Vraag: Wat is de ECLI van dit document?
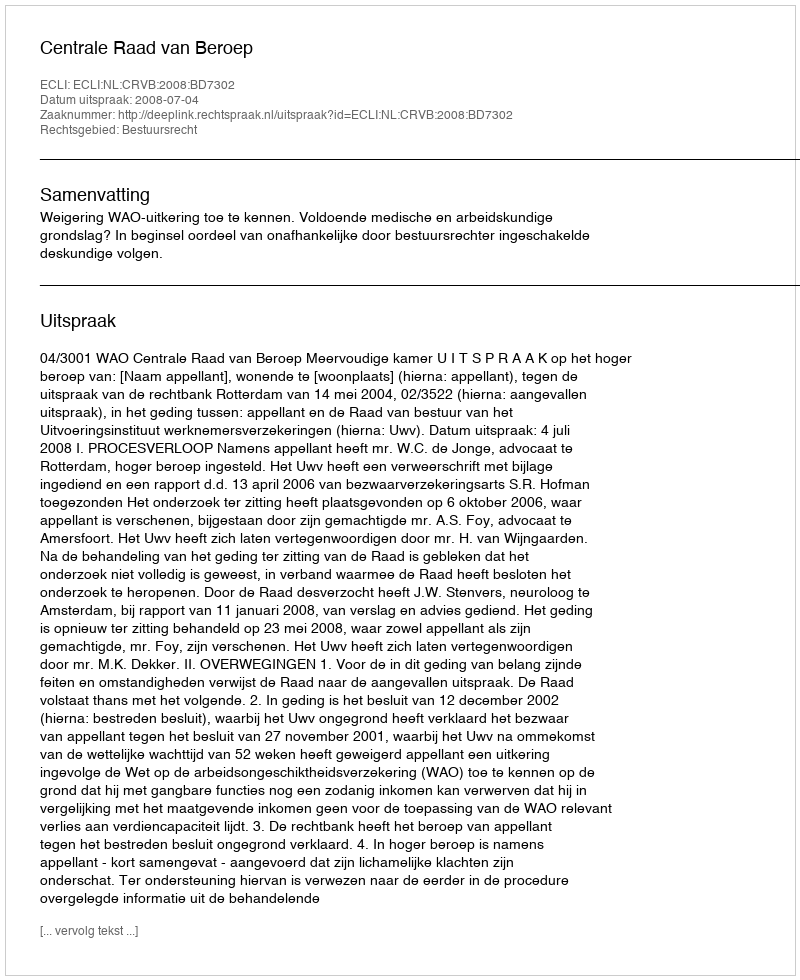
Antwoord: ECLI:NL:CRVB:2008:BD7302